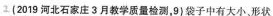
(2019 河北石家庄3月教学质量检测，9)袋子中有大小，形状